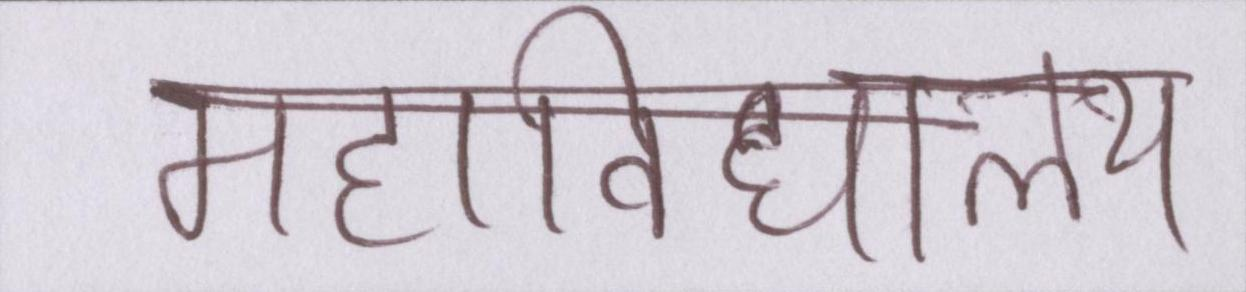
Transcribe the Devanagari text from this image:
महाविद्यालय